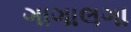
ગાગાલગા